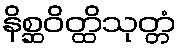
နိစ္ဆဝိတ္ထိသုတ္တံ